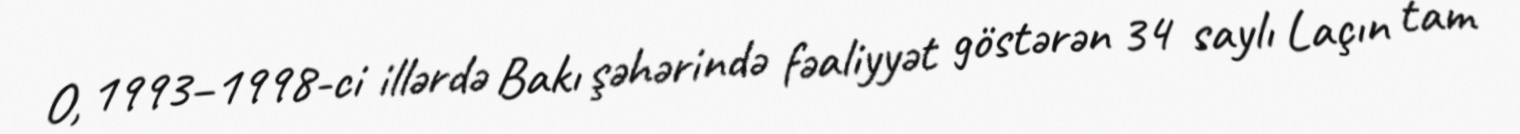
O, 1993–1998-ci illərdə Bakı şəhərində fəaliyyət göstərən 34 saylı Laçın tam